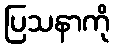
ပြသနာကို